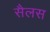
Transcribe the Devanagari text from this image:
सैलस